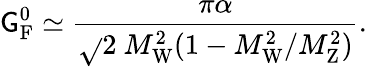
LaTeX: \mathsf{G}_{\mathrm{{{F}}}}^{0}\simeq{\frac{{\pi\alpha}}{{{\sqrt{}{{2}}}~M_{\mathrm{{{W}}}}^{2}(1-M_{\mathrm{{{W}}}}^{2}/M_{\mathrm{{{Z}}}}^{2})}}}.